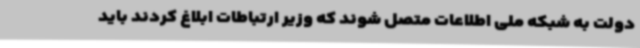
دولت به شبکه ملی اطلاعات متصل شوند که وزیر ارتباطات ابلاغ کردند باید